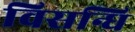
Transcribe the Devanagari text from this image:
विसन्धि